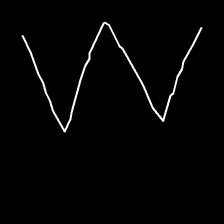
Glyph: crush